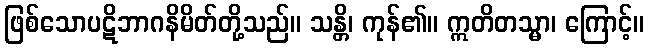
ဖြစ်သောပဋိဘာဂနိမိတ်တို့သည်။ သန္တိ၊ ကုန်၏။ ဣတိတသ္မာ၊ ကြောင့်။